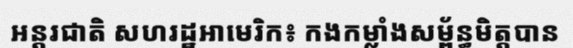
អន្តរជាតិ សហរដ្ឋអាមេរិក៖ កងកម្លាំងសម្ព័ន្ធមិត្តបាន